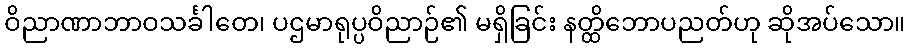
ဝိညာဏာဘာဝသင်္ခါတေ၊ ပဌမာရုပ္ပဝိညာဉ်၏ မရှိခြင်း နတ္ထိဘောပညတ်ဟု ဆိုအပ်သော။